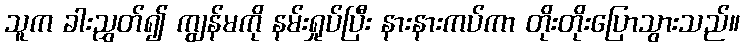
သူက ခါးညွှတ်၍ ကျွန်မကို နမ်းရှုပ်ပြီး နားနားကပ်ကာ တိုးတိုးပြောသွားသည်။